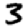
Digit: 3